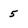
Character: 5